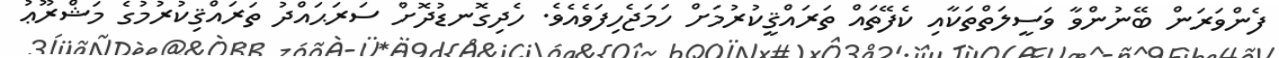
ފެންވަރަން ބޭނުންވާ ވަސީލަތްތަކާއި ކެފޭތައް ތަރައްޤީކުރުމަށް ހަމަޖެހިފަވެއެވެ. ހެދިގޮނޑުދޮށް ސަރަޙައްދު ތަރައްޤިކުރުމުގެ މަޝްރޫޢު